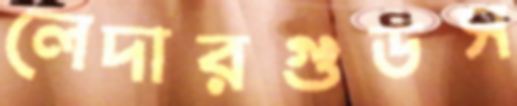
লেদারগুডস